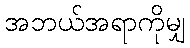
အဘယ်အရာကိုမျှ